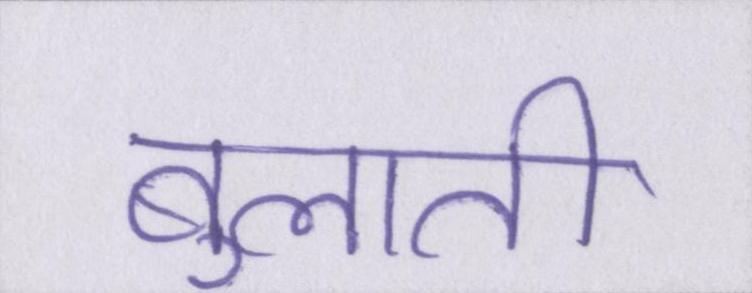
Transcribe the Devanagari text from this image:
बुलाती